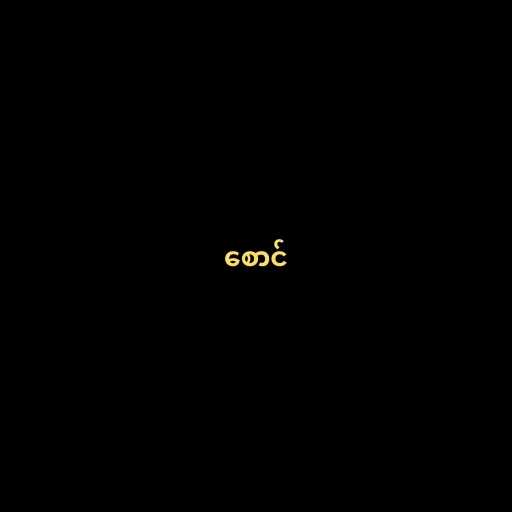
စောင်